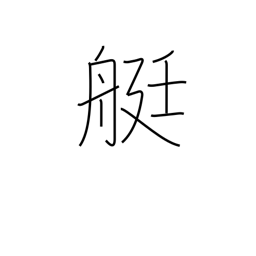
Meaning: rowboat